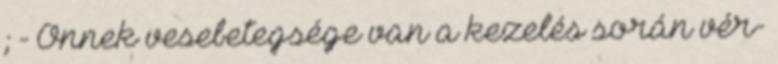
; - Önnek vesebetegsége van a kezelés során vér-